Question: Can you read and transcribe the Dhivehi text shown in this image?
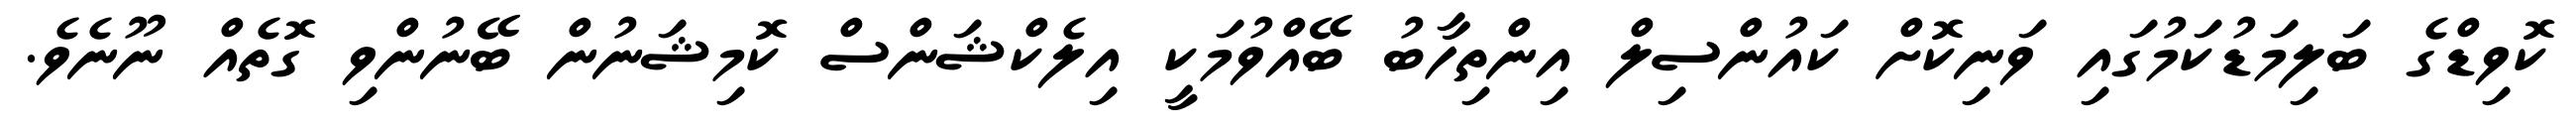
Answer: ކޮވިޑްގެ ބަލިމަޑުކަމުގައި ވަނިކޮށް ކައުންސިލް އިންތިހާބު ބޭއްވުމަކީ އިލެކްޝަންސް ކޮމިޝަނުން ބޭނުންވި ގޮތެއް ނޫނެވެ.